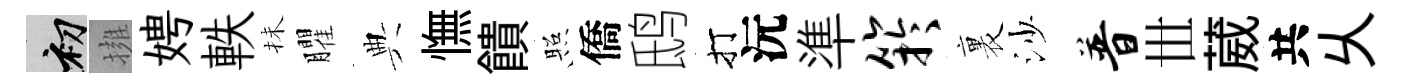
初擁娉軼抺臞典憮饋照僑鸱打沅準竽裏沙普𠀍葳共乆